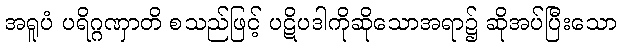
အရူပံ ပရိဂ္ဂဏှာတိ စသည်ဖြင့် ပဋိပဒါကိုဆိုသောအရာ၌ ဆိုအပ်ပြီးသော